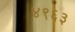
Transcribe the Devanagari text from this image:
४९६३